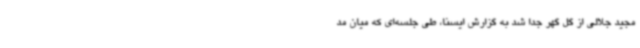
مجید جلالی از گل گهر جدا شد به گزارش ایسنا، طی جلسه‌ای که میان مد